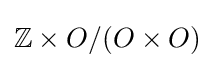
\mathbb {Z} \times O/(O\times O)